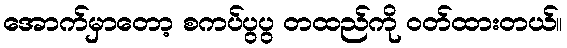
အောက်မှာတော့ စကပ်ပွပွ တထည်ကို ဝတ်ထားတယ်။